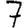
Digit: 7